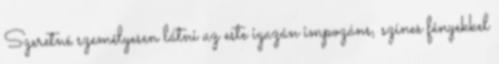
Szeretné személyesen látni az este igazán impozáns, színes fényekkel